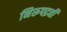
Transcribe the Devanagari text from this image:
निरूपद्रवी